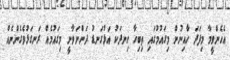
އެހެންވީމާ މިފަދަ ހާއިނުން މިގައުމުގައި ތިބިހާ ހިނދަކު އަޅުގަނޑު ދަންނަވާނީ މިގައުމެއް ރަނގަޅުވެގެންނެއް